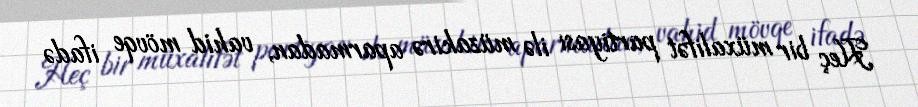
Heç bir müxalifət partiyası ilə müzakirə aparmadan, vahid mövqe ifadə